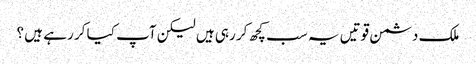
ملک دشمن قوتیں یہ سب کچھ کر رہی ہیں لیکن آپ کیا کر رہے ہیں ؟